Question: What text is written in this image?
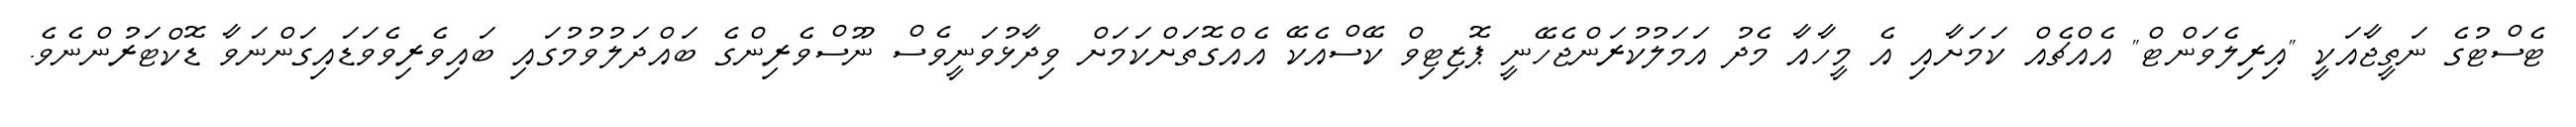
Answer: ޓެސްޓުގެ ނަތީޖާއަކީ "އިރިލެވަންޓް" އެއްޗެއް ކަމަށާއި އެ މީހާއާ މެދު އަމަލުކުރަންޖެހޭނީ ޕޮޒިޓިވް ކޭސްއެކޭ އެއްގޮތަށްކަމަށް ވިދާޅުވަނީވެސް ނޫސްވެރިންގެ ބައްދަލުވުމުގައި ބައިވެރިވެވަޑައިގަންނަވާ ޑޮކްޓަރުންނެވެ.